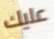
عليك